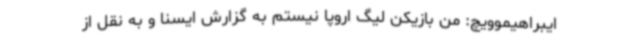
ایبراهیموویچ: من بازیکن لیگ اروپا نیستم به گزارش ایسنا و به نقل از